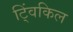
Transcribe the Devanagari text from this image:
ट्विंकिल